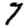
Digit: 7